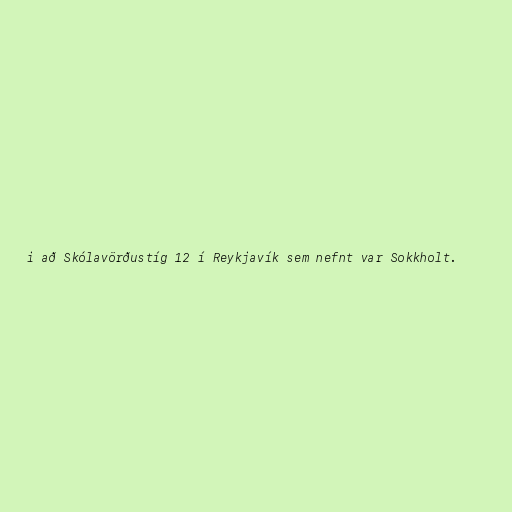
i að Skólavörðustíg 12 í Reykjavík sem nefnt var Sokkholt.